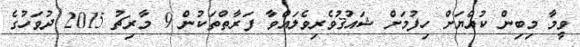
ވީމާ މިބިން ކުއްޔަށް ހިފުމަށް ޝައުޤުވެރިވެލައްވާ ފަރާތްތަކުން 9 މާރިޗު 2015 ދުވަހުގެ